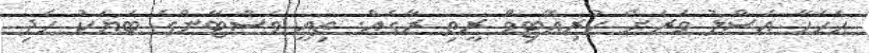
ޙަހަހާ އަސްލު ވަރަށް ކުރިއޭޓިވް ރީތި ރާގެއް. ތިއީ ވެސްޓާންގެ ބަޔަކު ހެދި